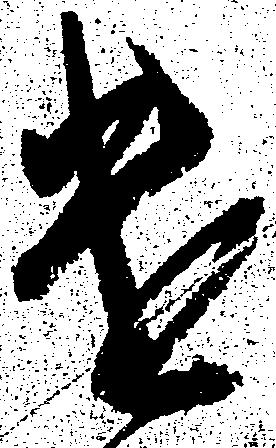
遣